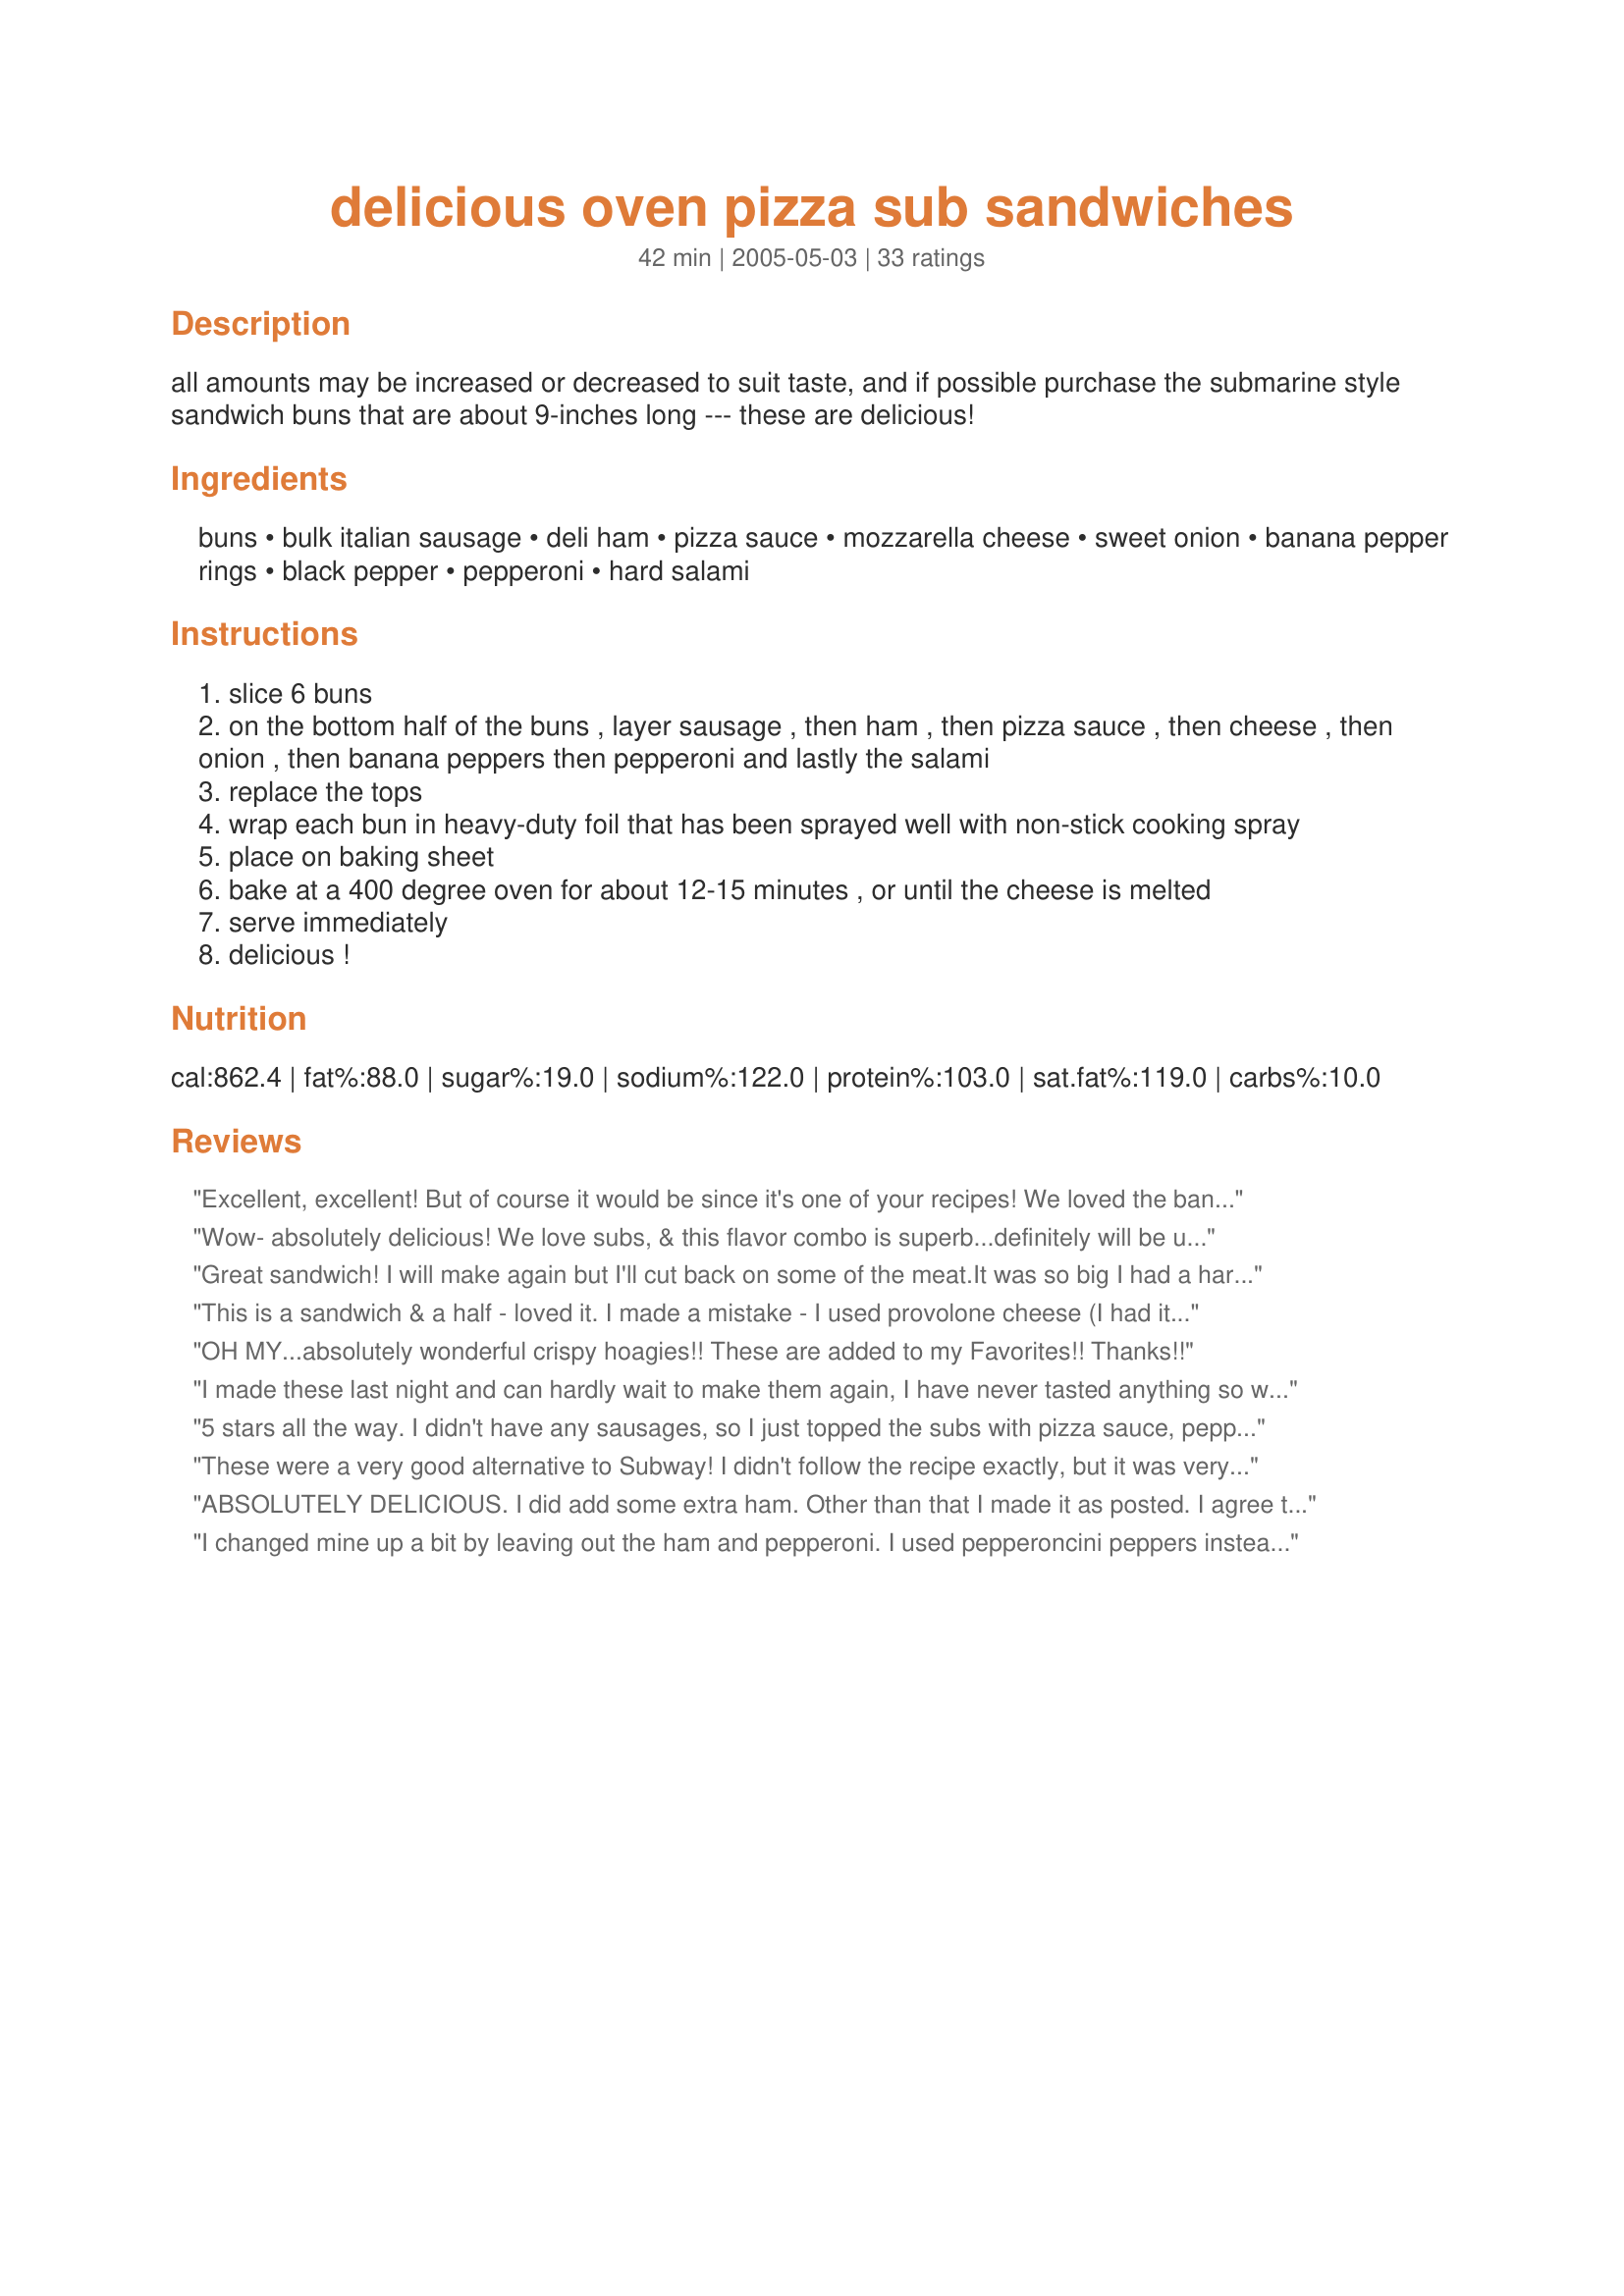
delicious oven pizza sub sandwiches
Preparation time: 42 minutes

all amounts may be increased or decreased to suit taste, and if possible purchase the submarine style sandwich buns that are about 9-inches long --- these are delicious!

Ingredients:
buns, bulk italian sausage, deli ham, pizza sauce, mozzarella cheese, sweet onion, banana pepper rings, black pepper, pepperoni, hard salami

Steps:
slice 6 buns
on the bottom half of the buns , layer sausage , then ham , then pizza sauce , then cheese , then onion , then banana peppers then pepperoni and lastly the salami
replace the tops
wrap each bun in heavy-duty foil that has been sprayed well with non-stick cooking spray
place on baking sheet
bake at a 400 degree oven for about 12-15 minutes , or until the cheese is melted
serve immediately
delicious !

Reviews:
Excellent, excellent! But of course it would be since it's one of your recipes! We loved the banana peppers and all the flavors really did meld together beautifully. My only complaint is that this is a LOT of meat so next time I will cut back. We also added the black olives. Simply delicious and EASY!
Wow- absolutely delicious! We love subs, & this flavor combo is superb...definitely will be using this one often :) Thanks
Great sandwich! I will make again but I'll cut back on some of the meat.It was so big I had a hard time eating it! Thank you for a great recipe!
This is a sandwich & a half - loved it. I made a mistake - I used provolone cheese (I had it on hand) definately Mozzarella or American Jack will be much better. I used a hot Portugese smoked sausage so I eliminated the pepperoni. I made the sanwich , about 2 hours before I was going to put it in the oven for dinner,wrapped it in foil, and kept it in the fridge until 20 minutes before serving. Followed the heating instructions. I think this sandwich would be a winner for BBQing - take along on a picnic etc and just put it on the BBQ turning frequently for about 15 minutes. Thanks for a very enjoyable Sat,. night dinner KITTENCAL
OH MY...absolutely wonderful crispy hoagies!! These are added to my Favorites!! Thanks!!
I made these last night and can hardly wait to make them again, I have never tasted anything so wonderul in a sandwich, I din't have any banana pepper rings, so I used red bell peppers instead, But you can be certain I will use them the next time I make these! and added in some chopped onions. These are so good! I ate two of these myself. thank you for submitting this recipe!
5 stars all the way. I didn't have any sausages, so I just topped the subs with pizza sauce, pepperoni, salami, banana peppers and mushrooms. I also brushed the buns with butter and sprinkled a little garlic salt on the tops before wrapping them in foil. They were delicious! I loved how the sub buns came out crispy. I will use your foil technique from now on. Thanks for another great recipe, Kittencal.
These were a very good alternative to Subway!
I didn't follow the recipe exactly, but it was very yummy.
Thanks!
ABSOLUTELY DELICIOUS. I did add some extra ham. Other than that I made it as posted. I agree that the salami, and sausage gives it a kick. LOVED IT !! Made for Zaar Stars tag.
I changed mine up a bit by leaving out the ham and pepperoni. I used pepperoncini peppers instead of the banana peppers. The hard salami and sausage gave it lots of great taste, and with the sauce and other stuff it made one awesome sub!
Man these were delicious!! I fixed these on a Friday "movie night" and they were devoured by everyone with a promise to fix them again.
Great sandwich! I made a few substitutions to fit what I had on hand.
1. I used left over roast beef and pepperoni as my meats. 2. I sliced some canned jalepino instead of banana peppers. 3. The one major change I made is something I do with a lot of sandwich food. I put a thin layer of mayo on each side of the bun. this helps keep the bread from getting soggy and taste great.
I didn't use all the ingredients you called for. I used a mixed pizza topper veggie blended..and just italian sausage ground and ham with sauce. it came out alittle burn on the bottom, and kinda soft or mushy. but looking at the pics i think i assembled it wrong?! I think it could have been better in the direction department. but thats for the recipe.
My husband and I really enjoyed these for last night dinner. I was lucky to have half of the meats already in my fridge. They were easy to prepare and I love the taste of the banana peppers. Thanks for another great recipe!
We made these as directed minus the banana peppers. What an awesome sandwich! The combination of ingredients is really great. Thanks, Kittencal.
I made these for dinner tonight....wow....they are just fantastic!
Very filling though! I made DH two and he was just stuffed.
Delicious, easy to follow recipe and a real change of pace. Highly recommended! Thanks for another winner Kitten!
This was very very good and extremely easy to make. I must admit I cut down on the meats just a little......to cut costs and a few calories. I will be making this again, but with one change-I'm going to remove the casing from the sausage after cooking and before adding to the sandwich-that's a personal thing though. This was great though-love the banana peppers on the sub!!
Sorry i didnt rate this sooner. I have made these numerous times and everybody LOVES them.
These were absolutely DELICIOUS! We are from PA, but currently living in OK and one of the things my DH misses is the great sub sandwiches that you can get there. After the first bite all he could say is these are just like what you get back home. Even my 5 year old LOVED it (and he is very picky). Bravo Kittencal, I try most of your recipes and have yet to be disappointed! Keep them coming!
I made these this weekend and my husband and stepson loved them. The only thing my husband said was that next time I should leave off the sausage. I also had a problem with them sticking to the foil. Next time, and there will be a next time, I will try release foil. Thanks for a great recipe.
I made these for my kids, my 15 y/o said they were "amazing".
These tasted great and were fun to eat as well! We left off the sausage and added olives. I served them with a spinich salad. My 7 yr old daughter thought they were yummy! She ate the whole thing! Thanks Kittencal!
I've made these sandwich now for dinner a few times. We're having them again tonight. I don't use the sausage just because it's just inconvenient to fry up so I followed another reviewer's lead and use olives. These are simply fantastic. Either on a Saturday night or during the week when I want to get dinner done quick and easy, these sandwiches are a godsend. I usually assume that if it's a Kittencal recipe, it's going to be good and these sandwiches are no exception to that rule. Thanks for posting it. It's a keeper in my kitchen.
We love sandwiches and subs and this is one of our new favorites! Loved everything in this one. We used pepperoncini peppers instead of the banana pepper rings, but otherwise made per the recipe. My GF loved it and wants to have it again next week! Mike
I made these for dinner last night, The family loved them. I left out the sausage because I didn't want to cook it. I also left off the banana peppers and the onion due to personal preference. I added extra pepporni and chesse. I loved the fact that the pizza sauce in the middle of the meats kept the buns from getting soggy. Will defintely be making again.
Yummy and filling. I didn't add the italian sausage since i couldn't find any at the store but i will next time. A great easy and delicious meal. Thanks for a great sandwich recipe
Very easy and adaptable to whatever meat's on hand. I made these twice over the weekend, and they got gobbled up quick! Thank you!
These are easy sandwiches to throw together and taste great. Thanks for taking lunch time a step up the meal ladder.
Thanks Kittencal this has now become of our favorites! It is easy and filling I love the banana pepper slices on it!
Your recipes never fail to disappoint and this one was no exception. I made exactly as stated and will make these again. I just love all your recipes!!!! As always another winner!!!
These had a good taste and were nice for an informal sandwich supper. I used hamburger buns which worked well.
Excellant sammy alternative to a chain sub shop! Followed it "almost" to a tee, and they came out perfectly. Only difference for me was spreading pizza sauce down before layering any toppings. Another fantastic share Kitten. Thank you! :)
We thought this was a 10. Taste so much like pizza. We thought the banana peppers just made this sandwich. Quick and very simple to make. Thanks for posting this wonderful recipe.
